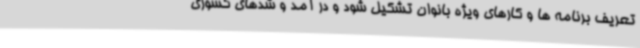
تعریف برنامه ها و کارهای ویژه بانوان تشکیل شود و در آمد و شدهای کشوری